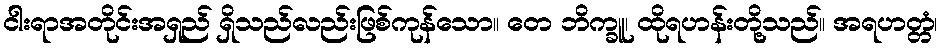
ငါးရာအတိုင်းအရှည် ရှိသည်လည်းဖြစ်ကုန်သော။ တေ ဘိက္ခူ၊ ထိုရဟန်းတို့သည်။ အရဟတ္တံ၊